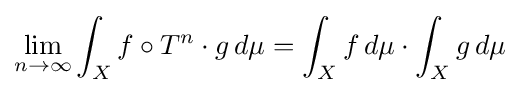
\lim _{n\to \infty }\int _{X}f\circ T^{n}\cdot g\,d\mu =\int _{X}f\,d\mu \cdot \int _{X}g\,d\mu